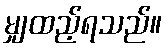
မျှထည့်ရသည်။